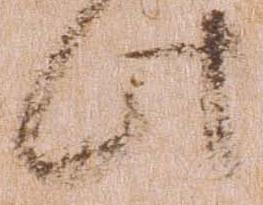
此